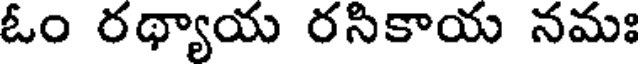
ఓం రథ్యాయ రసికాయ నమః